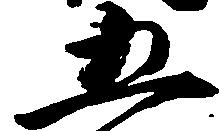
五